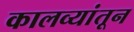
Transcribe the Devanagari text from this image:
कालव्यांतून